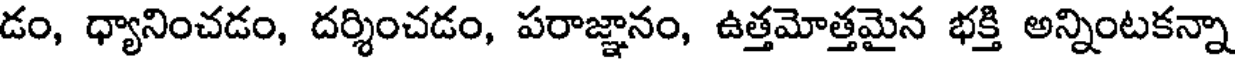
డం, ధ్యానించడం, దర్శించడం, పరాజ్ఞానం, ఉత్తమోత్తమైన భక్తి అన్నింటకన్నా